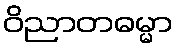
ဝိညာတဓမ္မာ